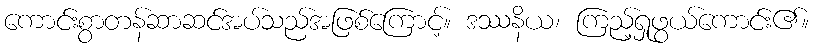
ကောင်းစွာတန်ဆာဆင်အပ်သည်အဖြစ်ကြောင့်။ ဒဿနိယ၊ ကြည့်ရှုဖွယ်ကောင်း၏။